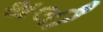
થલી